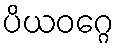
ပိယဝဂ္ဂေ